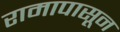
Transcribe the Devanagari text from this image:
रामापासून